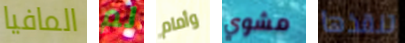
المافيا لم وأمام مشوي تنقذها